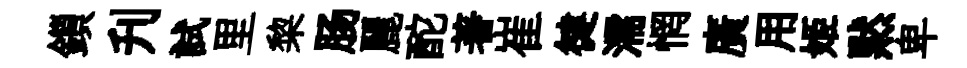
鎻刋試里棃肠麗酡著崔徤濡惘廣用姬黙卑